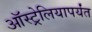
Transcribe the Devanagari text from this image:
ऑस्ट्रेलियापर्यंत